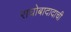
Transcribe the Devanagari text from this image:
राघोबादादाची